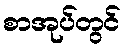
စာအုပ်တွင်